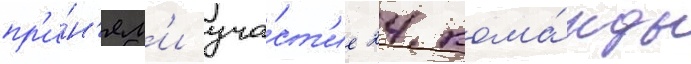
пр'и́н'ял'и уча́ст'ие 24 кома́нды